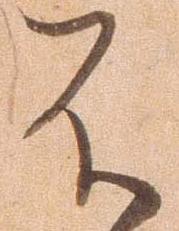
不